Report of the Indian Hemp Drugs Commission, 1894-1895 - Volume III
Year: 1894
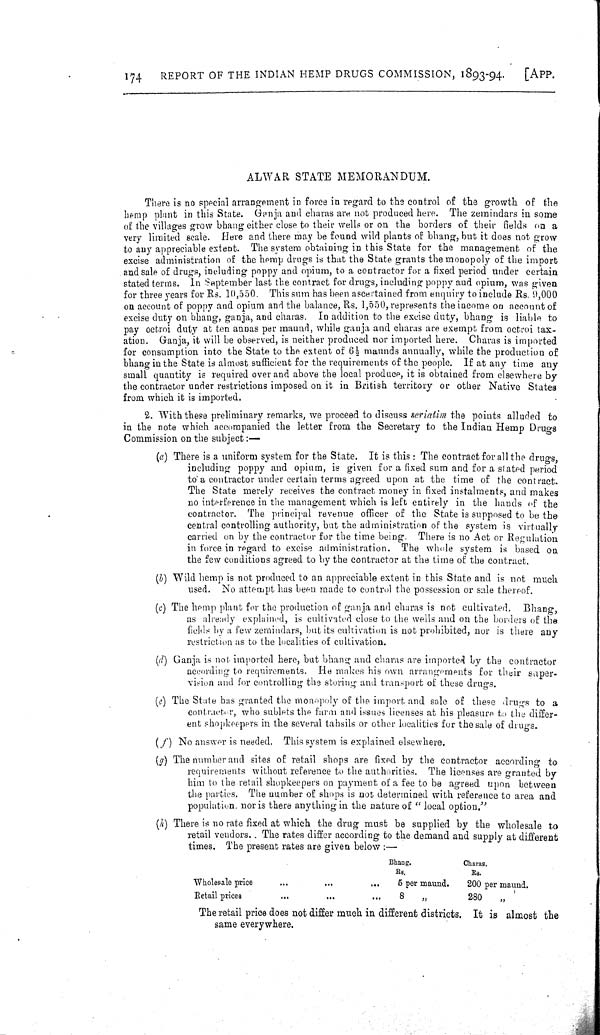
174
REPORT OF THE INDIAN HEMP DRUGS COMMISSION, 1893-94.
[APP.
ALWAR STATE MEMORANDUM.
There is no special arrangement in force in regard to the control of the growth of the
hemp plant in this State. Ganja and charas are not produced here. The zemindars in some
of the villages grow bhang either close to their wells or on the borders of their fields on a
very limited scale. Here and there may be found wild plants of bhang, but it does not grow
to any appreciable extent. The system obtaining in this State for the management of the
excise administration of the hemp drugs is that the State grants the monopoly of the import
and sale of drugs, including poppy and opium, to a contractor for a fixed period under certain
stated terms. In September last the contract for drugs, including poppy and opium, was given
for three years for Rs. 10,550. This sum has been ascertained from enquiry to include Rs. 9,000
on account of poppy and opium and the balance, Rs. 1,550, represents the income on account of
excise duty on bhang, ganja, and charas. In addition to the excise duty, bhang is liable to
pay octroi duty at ten annas per maund, while ganja and charas are exempt from octroi tax-
ation. Ganja, it will be observed, is neither produced nor imported here. Charas is imported
for consumption into the State to the extent of 61/2 maunds annually, while the production of
bhang in the State is almost sufficient for the requirements of the people. If at any time any
small quantity is required over and above the local produce, it is obtained from elsewhere by
the contractor under restrictions imposed on it in British territory or other Native States
from which it is imported.
2. With these preliminary remarks, we proceed to discuss seriatim the points alluded to
in the note which accompanied the letter from the Secretary to the Indian Hemp Drugs
Commission on the subject:—
(a) There is a uniform system for the State. It is this: The contract for all the drugs,
including poppy and opium, is given for a fixed sum and for a stated period
to a contractor under certain terms agreed upon at the time of the contract.
The State merely receives the contract money in fixed instalments, and makes
no interference in the management which is left entirely in the hands of the
contractor. The principal revenue officer of the State is supposed to be the
central controlling authority, but the administration of the system is virtually
carried on by the contractor for the time being. There is no Act or Regulation
in force in regard to excise administration. The whole system is based on
the few conditions agreed to by the contractor at the time of the contract.
(b) Wild hemp is not produced to an appreciable extent in this State and is not much
used. No attempt has been made to control the possession or sale thereof.
(c) The hemp plant for the production of ganja and charas is not cultivated.
Bhang,
as already explained, is cultivated close to the wells and on the borders of the
fields by a few zemindars, but its cultivation is not prohibited, nor is there any
restriction as to the localities of cultivation.
(d) Ganja is not imported here, but bhang and charas are imported by the contractor
according to requirements. He makes his own arrangements for their super-
vision and for controlling the storing and transport of these drugs.
(e) The State has granted the monopoly of the import and sale of these drugs to a
contractor, who sublets the farm and issues licenses at his pleasure to the differ-
ent shopkeepers in the several tahsils or other localities for the sale of drugs.
(f)
No answer is needed. This system is explained elsewhere.
(g) The number and sites of retail shops are fixed by the contractor according to
requirements without reference to the authorities. The licenses are granted by
him to the retail shopkeepers on payment of a fee to be agreed upon between
the parties. The number of shops is not determined with reference to area and
population nor is there anything in the nature of "local option."
(h) There is no rate fixed at which the drug must be supplied by the wholesale to
retail vendors. The rates differ according to the demand and supply at different
times. The present rates are given below:—
Bhang.
Charas.
Rs.
Rs.
Wholesale price
5 per maund.
200 per maund.
Retail prices
8
"
280
"
The retail price does not differ much in different districts. It is almost the
same everywhere.